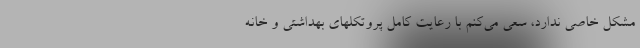
مشکل خاصی ندارد، سعی می‌کنم با رعایت کامل پروتکلهای بهداشتی و خانه